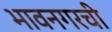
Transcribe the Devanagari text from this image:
भावनगरची